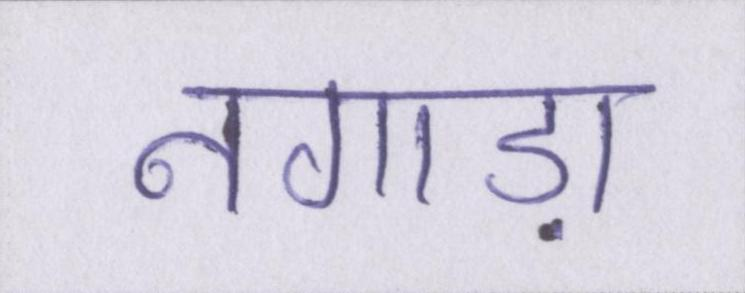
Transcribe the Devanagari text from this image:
नगाड़ा